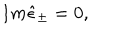
I m \hat { \epsilon } _ { \pm } = 0 ,